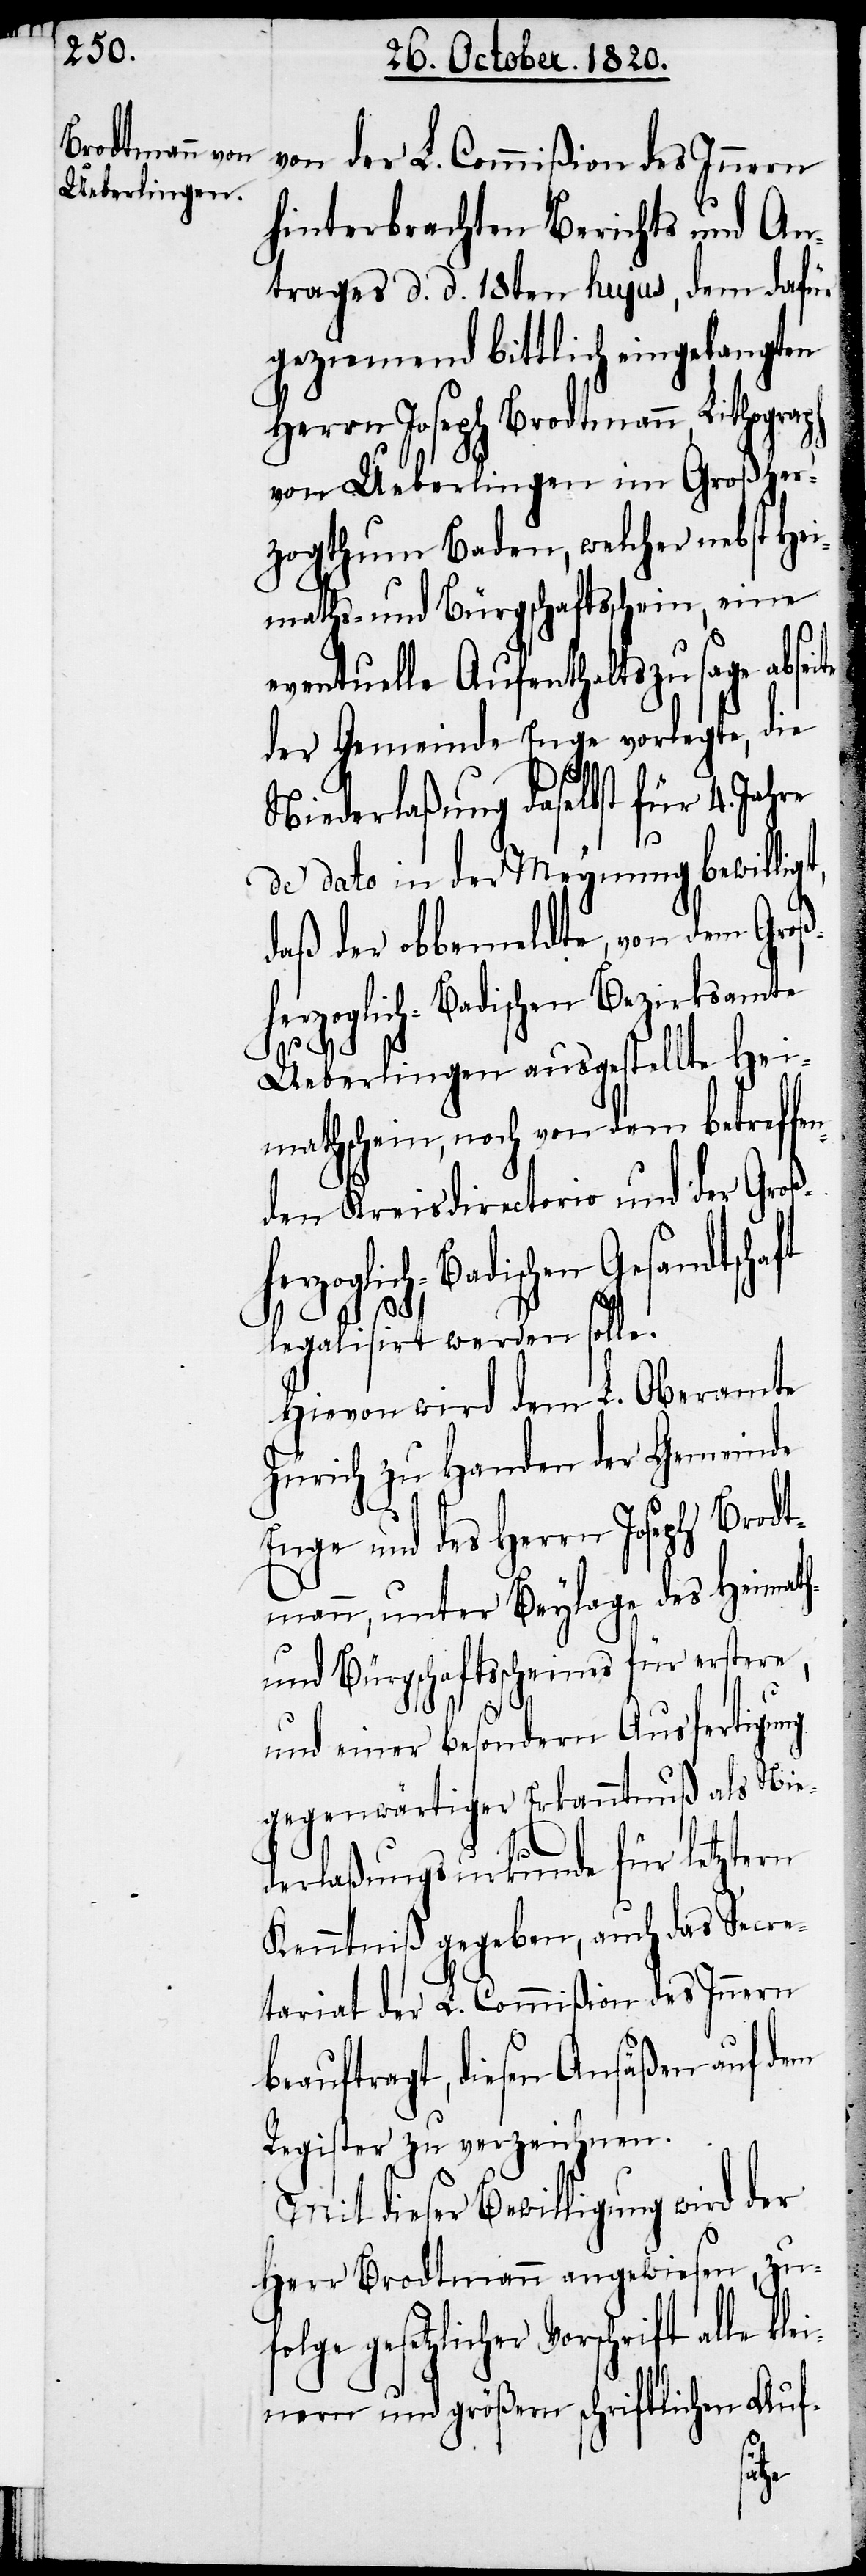
von der L. Commißion des Inneren
hinterbrachten Berichts und An¬
trages d. d. 18ten hujus, dem dafür
geziemend bittlich eingelangten
Herrn Joseph Brodtmann, Lithograph
von Ueberlingen im Großher¬
zogthum Baden, welcher nebst Hei¬
maths- und Bürgschaftsschein, eine
eventuelle Aufenthaltszusage abse¬
der Gemeinde Enge vorlegte, die
Niederlaßung daselbst für
4.
de dato in der Meynung bewilli¬
daß der obbemeldte, von dem Groß¬
herzoglich-Badischen Bezirksamte
Ueberlingen ausgestellte Hei¬
mathsschein, noch von dem betref¬
nden Kreisdirectorio und der Groß¬
ischen Gesandtschaft
legalisiert werden solle.
Hievon wird dem L. Oberamte
Zürich zu Handen der Gemeinde
Enge und des Herrn Joseph Brodt¬
mann, unter Beylage des Heimath-
und Bürgschaftsscheines für erstere,
und einer besondern Ausfertigung
gegenwärtiger Erkanntnuß als Nie¬
derlaßungsurkunde für letztern
Kenntniß gegeben, auch das Secre¬
tariat der L. Commißion des Innern
beauftragt, diesen Ansäßen auf dem
Register zu verzeichnen.
Mit dieser Bewilligung wird der
Herr Brodtmann angewiesen, zu
gesetzlicher Vorschrift alle
kleinen und größern schriftlichen Auf-
fe¬